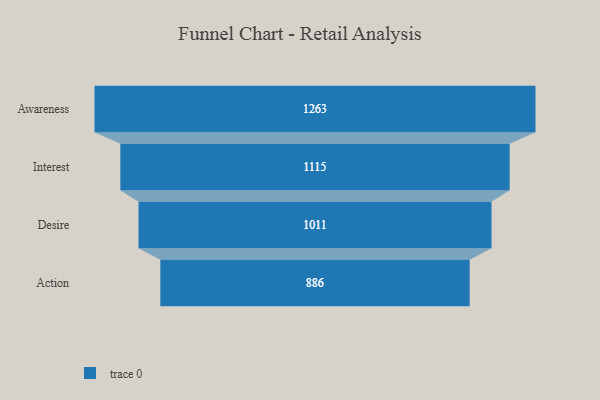
{"axis": {"x": "Stage", "y": "Value"}, "legend": [""], "data": [{"x": "Awareness", "y": 1263.0, "type": ""}, {"x": "Interest", "y": 1115.0, "type": ""}, {"x": "Desire", "y": 1011.0, "type": ""}, {"x": "Action", "y": 886.0, "type": ""}]}